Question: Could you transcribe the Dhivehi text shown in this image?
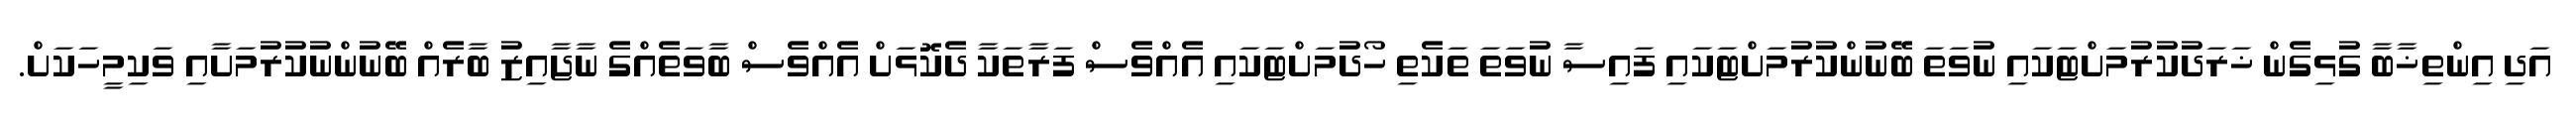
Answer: އަދި އިންތިޚާބާ ގުޅިގެން ޚަރަދުކުރުމަށްޓަކައި ނުވަތަ ބޭނުންކުރުމަށްޓަކައި ފައިސާ ނުވަތަ ތަކެތި ހޯދުމަށްޓަކައި އެއްވެސް ފަރާތަކާ ދެކޮޅަށް އެއްވެސް ބާވަތެއްގެ ނާޖާއިޒު ބާރެއް ބޭނުންނުކުރުމަށާއި ވަކިމީހަކަށް.